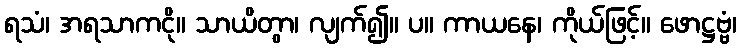
ရသံ၊ အရသာကငို။ သာယိတွာ၊ လျက်၍။ ပ။ ကာယနေ၊ ကိုယ်ဖြင့်။ ဖောဋ္ဌဗ္ဗံ၊